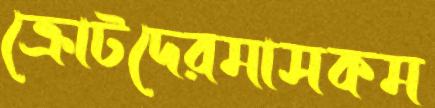
ক্রোটদেরমাসকম